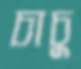
চাচু